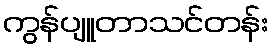
ကွန်ပျူတာသင်တန်း